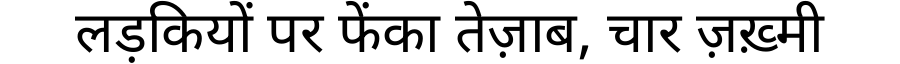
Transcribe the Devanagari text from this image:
लड़कियों पर फेंका तेज़ाब, चार ज़ख़्मी